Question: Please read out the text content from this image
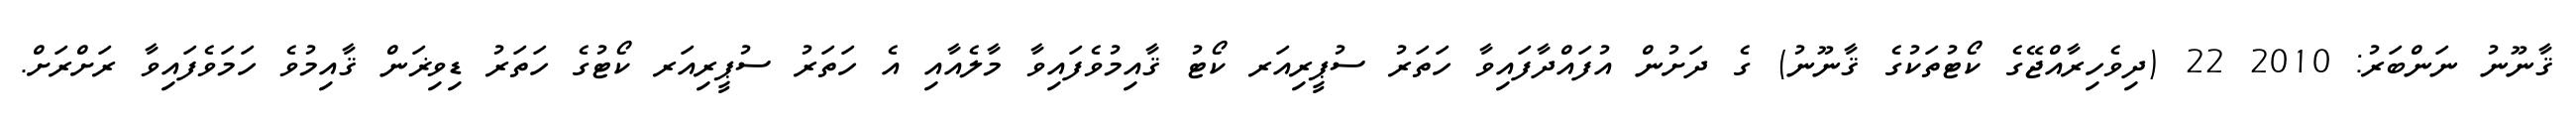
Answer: ޤާނޫނު ނަންބަރު: 2010 22 (ދިވެހިރާއްޖޭގެ ކޯޓުތަކުގެ ޤާނޫނު) ގެ ދަށުން އުފައްދާފައިވާ ހަތަރު ސުޕީރިއަރ ކޯޓު ޤާއިމުވެފައިވާ މާލެއާއި އެ ހަތަރު ސުޕީރިއަރ ކޯޓުގެ ހަތަރު ޑިވިޜަން ޤާއިމުވެ ހަމަވެފައިވާ ރަށްރަށް.